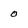
Character: 0